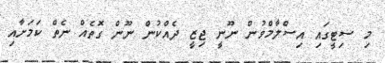
މި ސިޓީގައި އިސްލާމްވުން ނޫނީ ޖިޒީ ދެއްކުން ނޫން ގޮތެއް ނެތް ކަމަށާއި